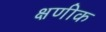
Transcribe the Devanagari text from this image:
क्षणीक